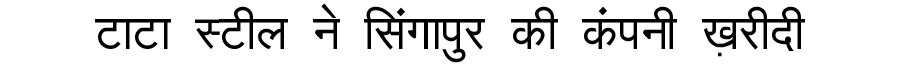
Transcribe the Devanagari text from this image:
टाटा स्टील ने सिंगापुर की कंपनी ख़रीदी